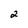
Character: 2